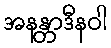
အနန္တာဒီနဝါ